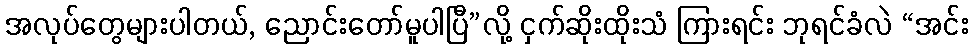
အလုပ်တွေများပါတယ်, ညောင်းတော်မူပါပြီ”လို့ ငှက်ဆိုးထိုးသံ ကြားရင်း ဘုရင်ခံလဲ “အင်း